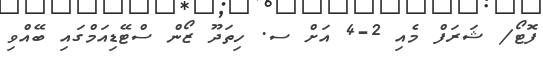
ފޮޓޯ/ ޝަރަފް މެއި 2-4 އަށް ސ. ހިތަދޫ ޒޯން ސްޓޭޑިއަމްގައި ބޭއްވި